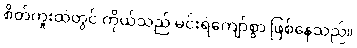
စိတ်ကူးထဲတွင် ကိုယ်သည် မင်းရဲကျော်စွာ ဖြစ်နေသည်။